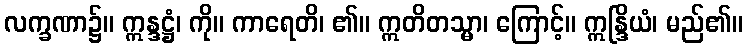
လက္ခဏာ၌။ ဣန္ဒဋ္ဌံ၊ ကို။ ကာရေတိ၊ ၏။ ဣတိတသ္မာ၊ ကြောင့်။ ဣန္ဒြိယံ၊ မည်၏။